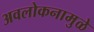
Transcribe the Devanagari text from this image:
अवलोकनामुळे